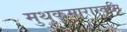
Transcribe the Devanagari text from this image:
मुथुकुमारास्वमि